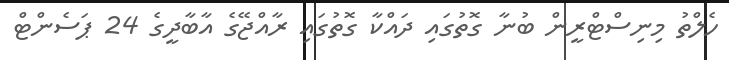
ހެލްތު މިނިސްޓްރީން ބުނާ ގޮތުގައި ދައްކާ ގޮތުގައި ރާއްޖޭގެ އާބާދީގެ 24 ޕަސެންޓް